Report of the Hyderabad Chloroform Commission
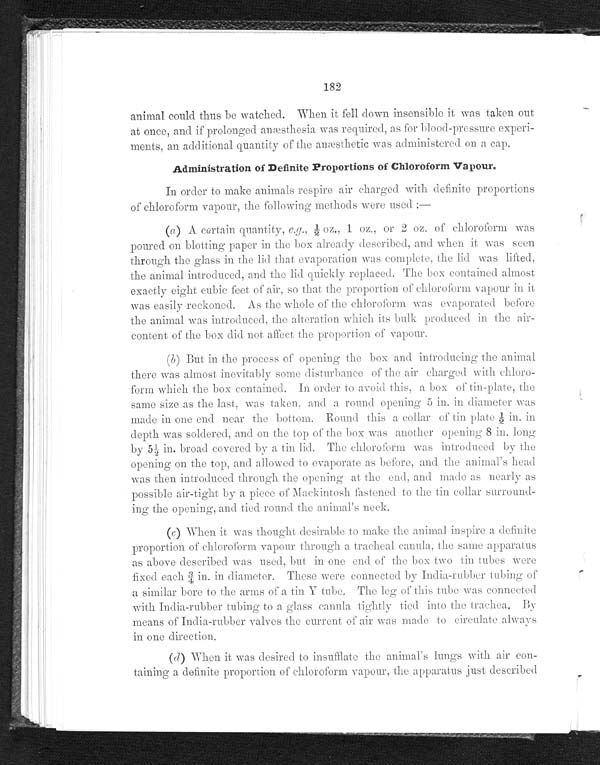
182
animal could thus be watched. When it fell down insensible it was taken out
at once, and if prolonged an æ sthesia was required, as for blood-pressure experi-
ments, an additional quantity of the anæ sthetic was administered on a cap.
Administration of Definite Proportions of Chloroform Vapour.
In order to make animals respire air charged with definite proportions
of chloroform vapour, the following methods were used :—
(a) A certain quantity, e.g., ½ oz., 1 oz., or 2 oz. of chloroform was
poured on blotting paper in the box already described, and when it was seen
through the glass in the lid that evaporation was complete, the lid was lifted,
the animal introduced, and the lid quickly replaced. The box contained almost
exactly eight cubic feet of air, so that the proportion of chloroform vapour in it
was easily reckoned. As the whole of the chloroform was evaporated before
the animal was introduced, the alteration which its bulk produced in the air-
content of the box did not affect the proportion of vapour.
(b
) Put in the process of opening the box and introducing the animal
there was almost inevitably some disturbance of the air charged with chloro-
form which the box contained. In order to avoid this, a box of tin-plate, the
same size as the last, was taken, and a round opening 5 in. in diameter was
made in one end near the bottom. Round this a collar of tin plate ½ in. in
depth was soldered, and on the top of the box was another opening 8 in. long
by 5½ in. broad covered by a tin lid. The chloroform was introduced by the
opening on the top, and allowed to evaporate as before, and the animal's head
was then introduced through the opening at the end, and made as nearly as
possible air-tight by a piece of Mackintosh fastened to the tin collar surround-
ing the opening, and tied round the animal's neck.
(c
) When it was thought. desirable to make the animal inspire a definite
proportion of chloroform vapour through a tracheal canula, the same apparatus
as above described was used, but in one end of the box two tin tubes were
fixed each¾ in. in diameter. These were connected by India-rubber tubing of
a similar bore to the arms of a tin Y tube. The leg of this tube was connected
with India-rubber tubing to a glass candela tightly tied into the trachea. By
means of India-rubber valves the current of air was made to circulate always
in one direction.
(d)When
it was desired to insufflate the animal's lungs with air con-
taining a definite proportion of chloroform vapour, the apparatus just described